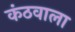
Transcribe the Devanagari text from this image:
कंठवाला